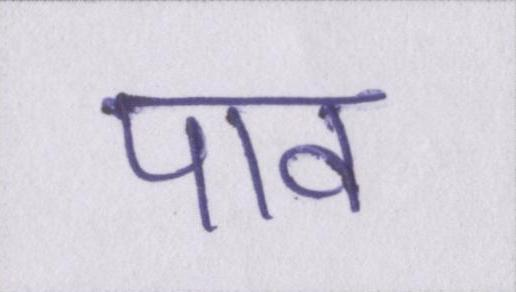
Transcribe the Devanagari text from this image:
पाव